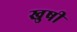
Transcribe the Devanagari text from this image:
खुषी